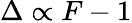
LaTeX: \Delta\propto F-1